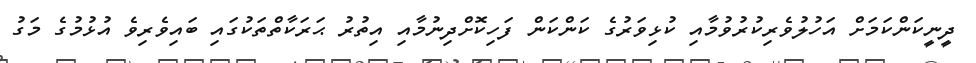
ދީނީކަންކަމަށް އަހުލުވެރިކުރުވުމާއި ކުޅިވަރުގެ ކަންކަން ފަހިކޮށްދިނުމާއި އިތުރު ޙަރަކާތްތަކުގައި ބައިވެރިވެ އުޅުމުގެ މަގު